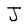
Character: J